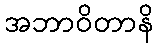
အဘာဝိတာနိ